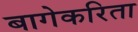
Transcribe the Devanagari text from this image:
बागेकरिता